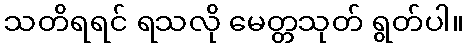
သတိရရင် ရသလို မေတ္တသုတ် ရွတ်ပါ။